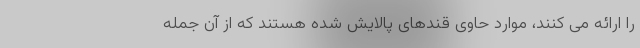
را ارائه می کنند، موارد حاوی قندهای پالایش شده هستند که از آن جمله